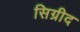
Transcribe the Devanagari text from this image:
सिग्रीद